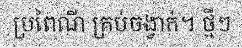
ប្រពៃណី គ្រប់ចង្វាក់។ ថ្មីៗ